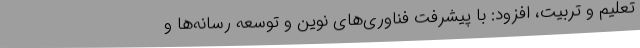
تعلیم و تربیت، افزود: با پیشرفت فناوری‌های نوین و توسعه رسانه‌ها و